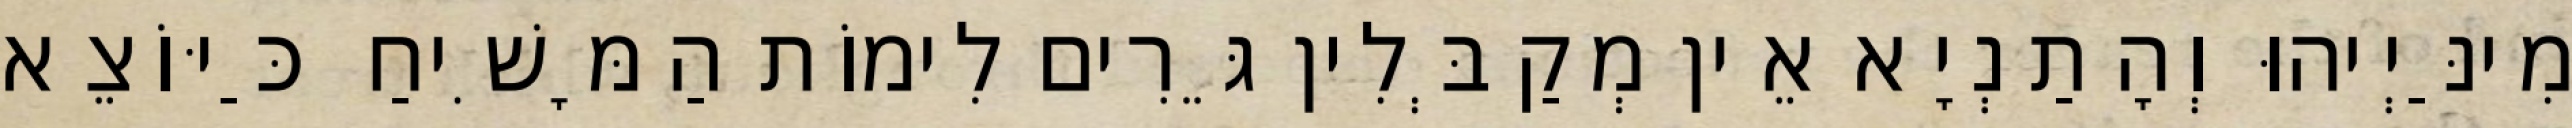
מִינַּיְיהוּ וְהָתַנְיָא אֵין מְקַבְּלִין גֵּרִים לִימוֹת הַמָּשִׁיחַ כַּיּוֹצֵא